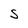
Character: S